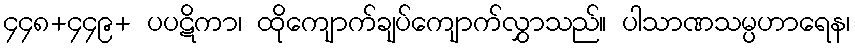
၄၄၈+၄၄၉+ ပပဋိကာ၊ ထိုကျောက်ချပ်ကျောက်လွှာသည်။ ပါသာဏသမ္ပဟာရေန၊